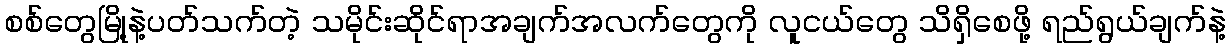
စစ်တွေမြို့နဲ့ပတ်သက်တဲ့ သမိုင်းဆိုင်ရာအချက်အလက်တွေကို လူငယ်တွေ သိရှိစေဖို့ ရည်ရွယ်ချက်နဲ့